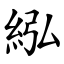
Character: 紭